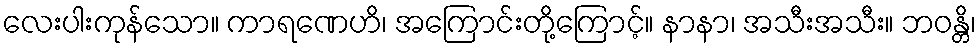
လေးပါးကုန်သော။ ကာရဏေဟိ၊ အကြောင်းတို့ကြောင့်။ နာနာ၊ အသီးအသီး။ ဘဝန္တိ၊